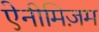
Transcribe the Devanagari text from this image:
ऐनीमिज़म